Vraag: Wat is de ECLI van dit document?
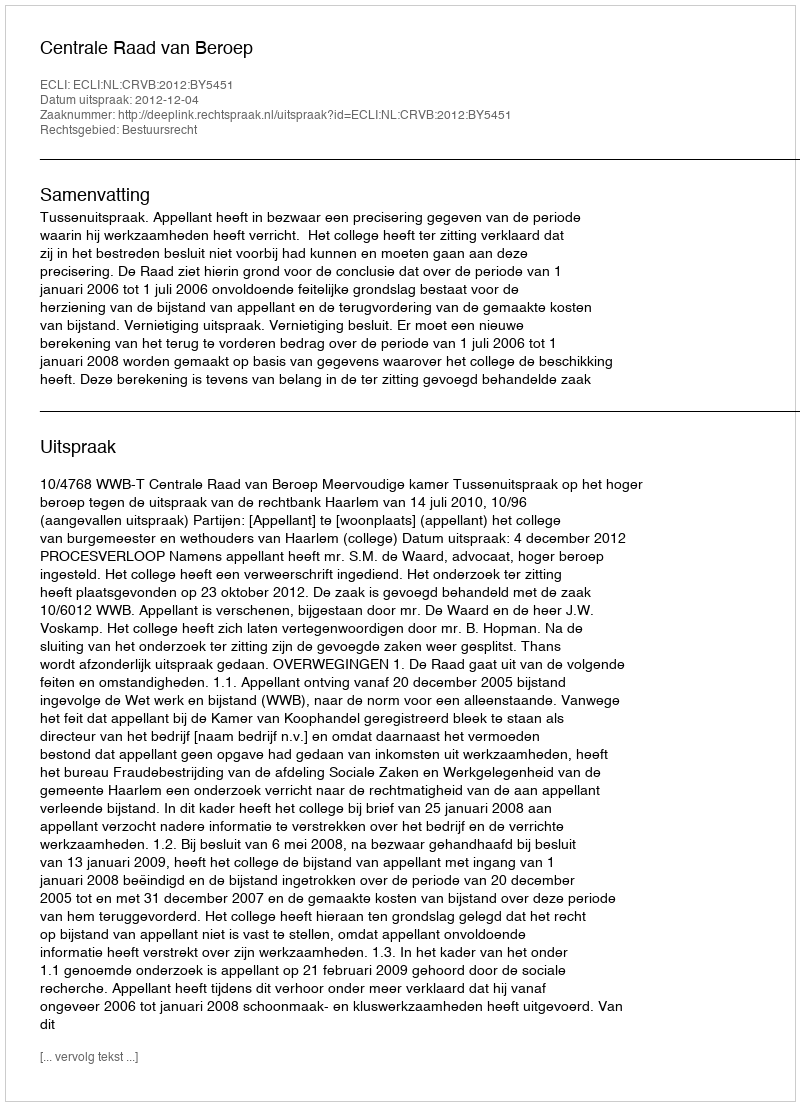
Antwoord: ECLI:NL:CRVB:2012:BY5451